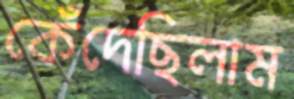
কেঁদেছিলাম